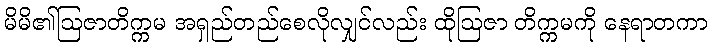
မိမိ၏ဩဇာတိက္ကမ အရှည်တည်စေလိုလျှင်လည်း ထိုဩဇာ တိက္ကမကို နေရာတကာ